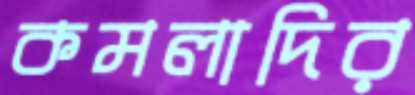
কমলাদির